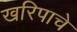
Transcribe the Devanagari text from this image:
खरिपाचे